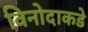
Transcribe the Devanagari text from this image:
विनोदाकडे